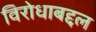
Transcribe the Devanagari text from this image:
विरोधाबद्दल